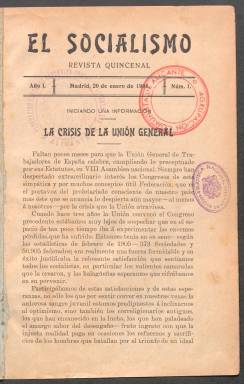
Título: El Socialismo (Madrid)
Colección: Socialismo
Ámbito geográfico: Madrid
Lugar de publicación: Madrid
Fechas: 20/01/1908-15/12/1908